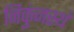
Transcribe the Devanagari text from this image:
निकुंजस्थं